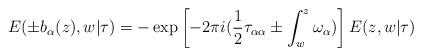
LaTeX: \begin{align*}E( \pm b_{\alpha} (z) , w | \tau ) = - \exp \left[ -2 \pi i ( \frac{1}{2} \tau_{\alpha \alpha} \pm \int_w^z \omega_{\alpha} ) \right] E (z, w | \tau )\end{align*}